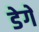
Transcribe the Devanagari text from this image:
डेगे